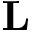
\mathbf { L }